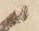
候